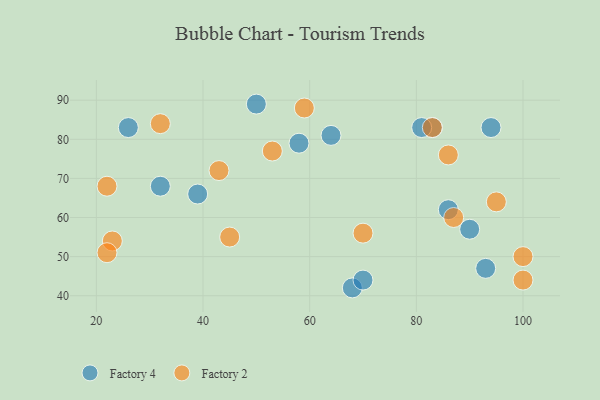
{"axis": {"x": "GDP", "y": "Life Expectancy"}, "legend": ["Factory 2", "Factory 4"], "data": [{"x": "68", "y": 42, "type": "Factory 4"}, {"x": "70", "y": 44, "type": "Factory 4"}, {"x": "90", "y": 57, "type": "Factory 4"}, {"x": "58", "y": 79, "type": "Factory 4"}, {"x": "93", "y": 47, "type": "Factory 4"}, {"x": "83", "y": 83, "type": "Factory 4"}, {"x": "86", "y": 62, "type": "Factory 4"}, {"x": "64", "y": 81, "type": "Factory 4"}, {"x": "32", "y": 68, "type": "Factory 4"}, {"x": "50", "y": 89, "type": "Factory 4"}, {"x": "81", "y": 83, "type": "Factory 4"}, {"x": "26", "y": 83, "type": "Factory 4"}, {"x": "94", "y": 83, "type": "Factory 4"}, {"x": "39", "y": 66, "type": "Factory 4"}, {"x": "70", "y": 56, "type": "Factory 2"}, {"x": "87", "y": 60, "type": "Factory 2"}, {"x": "22", "y": 68, "type": "Factory 2"}, {"x": "32", "y": 84, "type": "Factory 2"}, {"x": "86", "y": 76, "type": "Factory 2"}, {"x": "43", "y": 72, "type": "Factory 2"}, {"x": "45", "y": 55, "type": "Factory 2"}, {"x": "83", "y": 83, "type": "Factory 2"}, {"x": "100", "y": 50, "type": "Factory 2"}, {"x": "95", "y": 64, "type": "Factory 2"}, {"x": "23", "y": 54, "type": "Factory 2"}, {"x": "53", "y": 77, "type": "Factory 2"}, {"x": "22", "y": 51, "type": "Factory 2"}, {"x": "100", "y": 44, "type": "Factory 2"}, {"x": "59", "y": 88, "type": "Factory 2"}]}